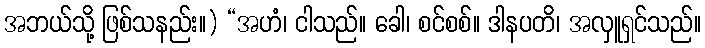
အဘယ်သို့ ဖြစ်သနည်း။) “အဟံ၊ ငါသည်။ ခေါ၊ စင်စစ်။ ဒါနပတိ၊ အလှူရှင်သည်။